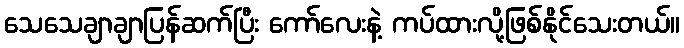
သေသေချာချာပြန်ဆက်ပြီး ကော်လေးနဲ့ ကပ်ထားလို့ဖြစ်နိုင်သေးတယ်။